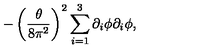
- \left( \frac { \theta } { 8 \pi ^ { 2 } } \right) ^ { 2 } \sum _ { i = 1 } ^ { 3 } \partial _ { i } \phi \partial _ { i } \phi ,